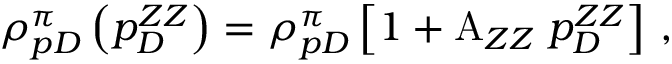
\rho _ { p D } ^ { \pi } \left( p _ { D } ^ { Z Z } \right) = \rho _ { p D } ^ { \pi } \left[ 1 + { \mathrm A } _ { Z Z } \; p _ { D } ^ { Z Z } \right] \, ,